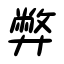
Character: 弊